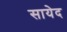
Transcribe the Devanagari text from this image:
सायेद